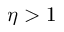
\eta > 1